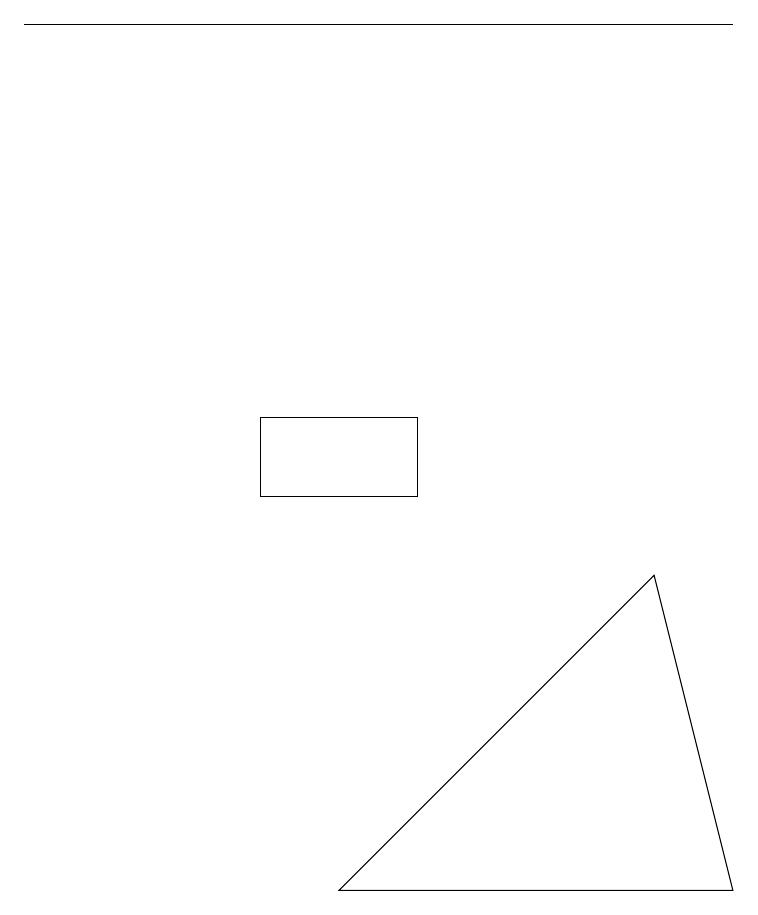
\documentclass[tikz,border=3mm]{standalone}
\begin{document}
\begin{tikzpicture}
\draw (5,11) rectangle (3,10);
\draw (8,9) -- (9,5) -- (4,5) -- cycle;
\draw (9,16) rectangle (0,16);
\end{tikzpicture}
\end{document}